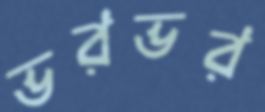
ভরভর